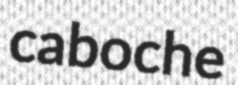
caboche